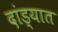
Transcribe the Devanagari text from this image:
दांड्यात